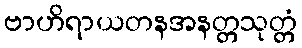
ဗာဟိရာယတနအနတ္တသုတ္တံ